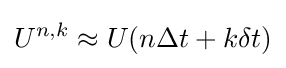
U^{n,k}\approx U(n\Delta t+k\delta t)